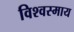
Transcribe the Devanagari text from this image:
विश्वस्माय